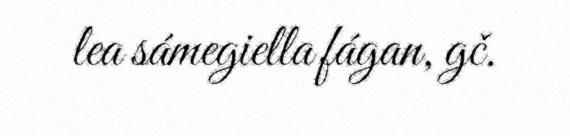
lea sámegiella fágan, gč.